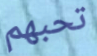
تحبهم